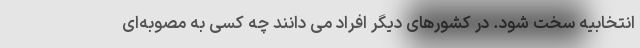
انتخابیه سخت شود. در کشورهای دیگر افراد می دانند چه کسی به مصوبه‌ای